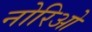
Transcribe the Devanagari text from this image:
नोरिओ